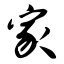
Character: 家